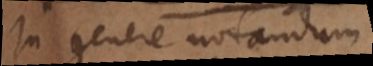
In genere notandum